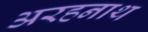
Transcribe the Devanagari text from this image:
अरहनाथ